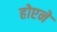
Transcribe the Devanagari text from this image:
होएने